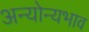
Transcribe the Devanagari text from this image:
अन्योन्यभाव